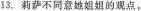
13.莉萨不同意她姐姐的观点,